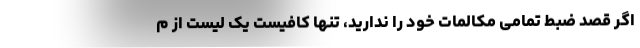
اگر قصد ضبط تمامی مکالمات خود را ندارید، تنها کافیست یک لیست از م